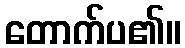
တောက်ပ၏။